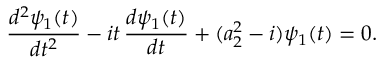
\frac { d ^ { 2 } \psi _ { 1 } ( t ) } { d t ^ { 2 } } - i t \, \frac { d \psi _ { 1 } ( t ) } { d t } + ( a _ { 2 } ^ { 2 } - i ) \psi _ { 1 } ( t ) = 0 .